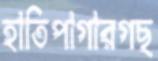
হাতিপাগারগছ